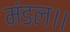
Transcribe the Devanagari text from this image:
मंडल।।